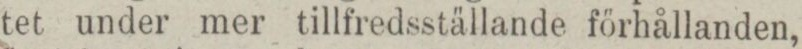
tet under mer tillfredsställande förhållanden,